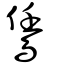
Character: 鵀